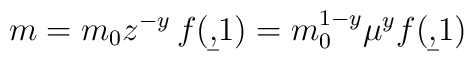
m = m_0 z^{-y}\, f(\b,1) = m_0^{1-y}\mu^y  f(\b,1)